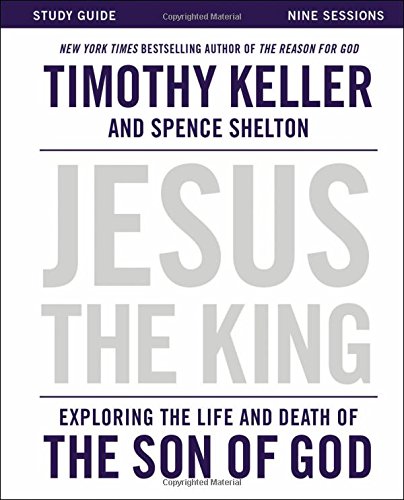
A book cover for Jesus the King Study Guide: Exploring the Life and Death of the Son of God; Timothy Keller; Christian Books & Bibles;